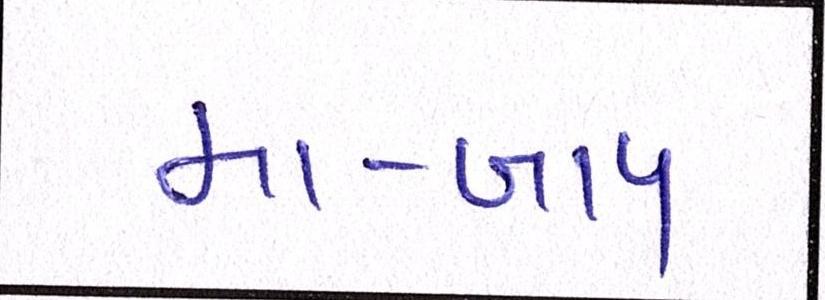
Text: મા-બાપ